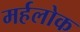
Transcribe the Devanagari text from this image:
मर्हलोक